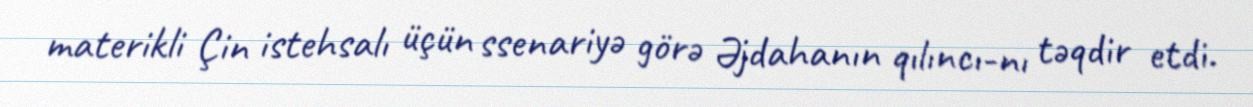
materikli Çin istehsalı üçün ssenariyə görə Əjdahanın qılıncı-nı təqdir etdi.